Problem: 7 × 9 = ?
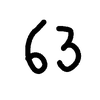
Handwritten answer: 63